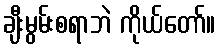
ချီးမွမ်းစရာဘဲ ကိုယ်တော်။